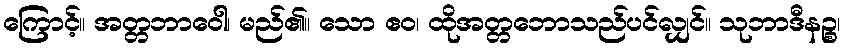
ကြောင့်။ အတ္တဘာဝေါ၊ မည်၏။ သော ဧဝ၊ ထိုအတ္တဘောသည်ပင်လျှင်။ သုဘာဒီနဉ္စ၊